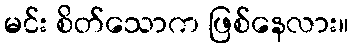
မင်း စိတ်သောက ဖြစ်နေလား။